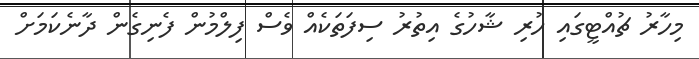
މިހާރު ޗުއްޓީގައި ހުރި ޝާހުގެ އިތުރު ސިފަތަކެއް ވެސް ފިލްމުން ފެނިގެން ދާނެކަމަށް